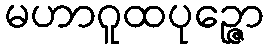
မဟာဂူထပုဉ္ဇော